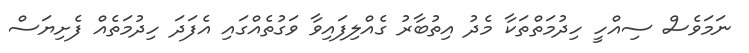
ނަމަވެސް ސިއްހީ ހިދުމަތްތަކާ މެދު އިތުބާރު ގެއްލިފައިވާ ވަގުތެއްގައި އެފަދަ ހިދުމަތެއް ފެށިޔަސް